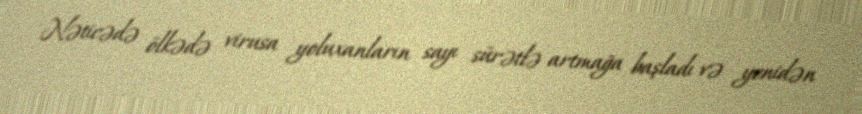
Nəticədə ölkədə virusa yoluxanların sayı sürətlə artmağa başladı və yenidən